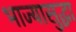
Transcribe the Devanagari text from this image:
भाज्यासुद्धा